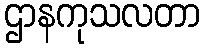
ဌာနကုသလတာ